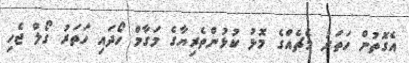
އެގޮތުން ހަތަރު މެޗެއްގެ މޮޅު ކުޅުންތެރިޔާގެ މަގާމް ހޯދައި ހަތަރު ގޯލް ޖެހި